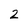
Character: 2